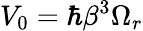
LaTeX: V_{0}=\hbar\beta^{3}\Omega_{r}